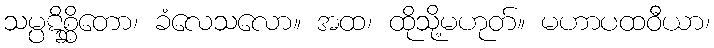
သမ္ပဋိစ္ဆိတော၊ ခံလေသလော။ အထ၊ ထိုသို့မဟုတ်။ မဟာပထဝီယာ၊